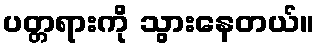
ပတ္တရားကို သွားနေတယ်။